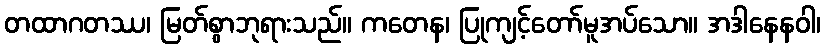
တထာဂတဿ၊ မြတ်စွာဘုရားသည်။ ကတေန၊ ပြုကျင့်တော်မူအပ်သော။ အဒါနေနဝါ၊